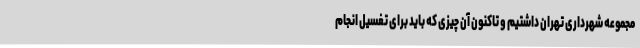
مجموعه شهرداری تهران داشتیم و تاکنون آن چیزی که باید برای تغسیل انجام